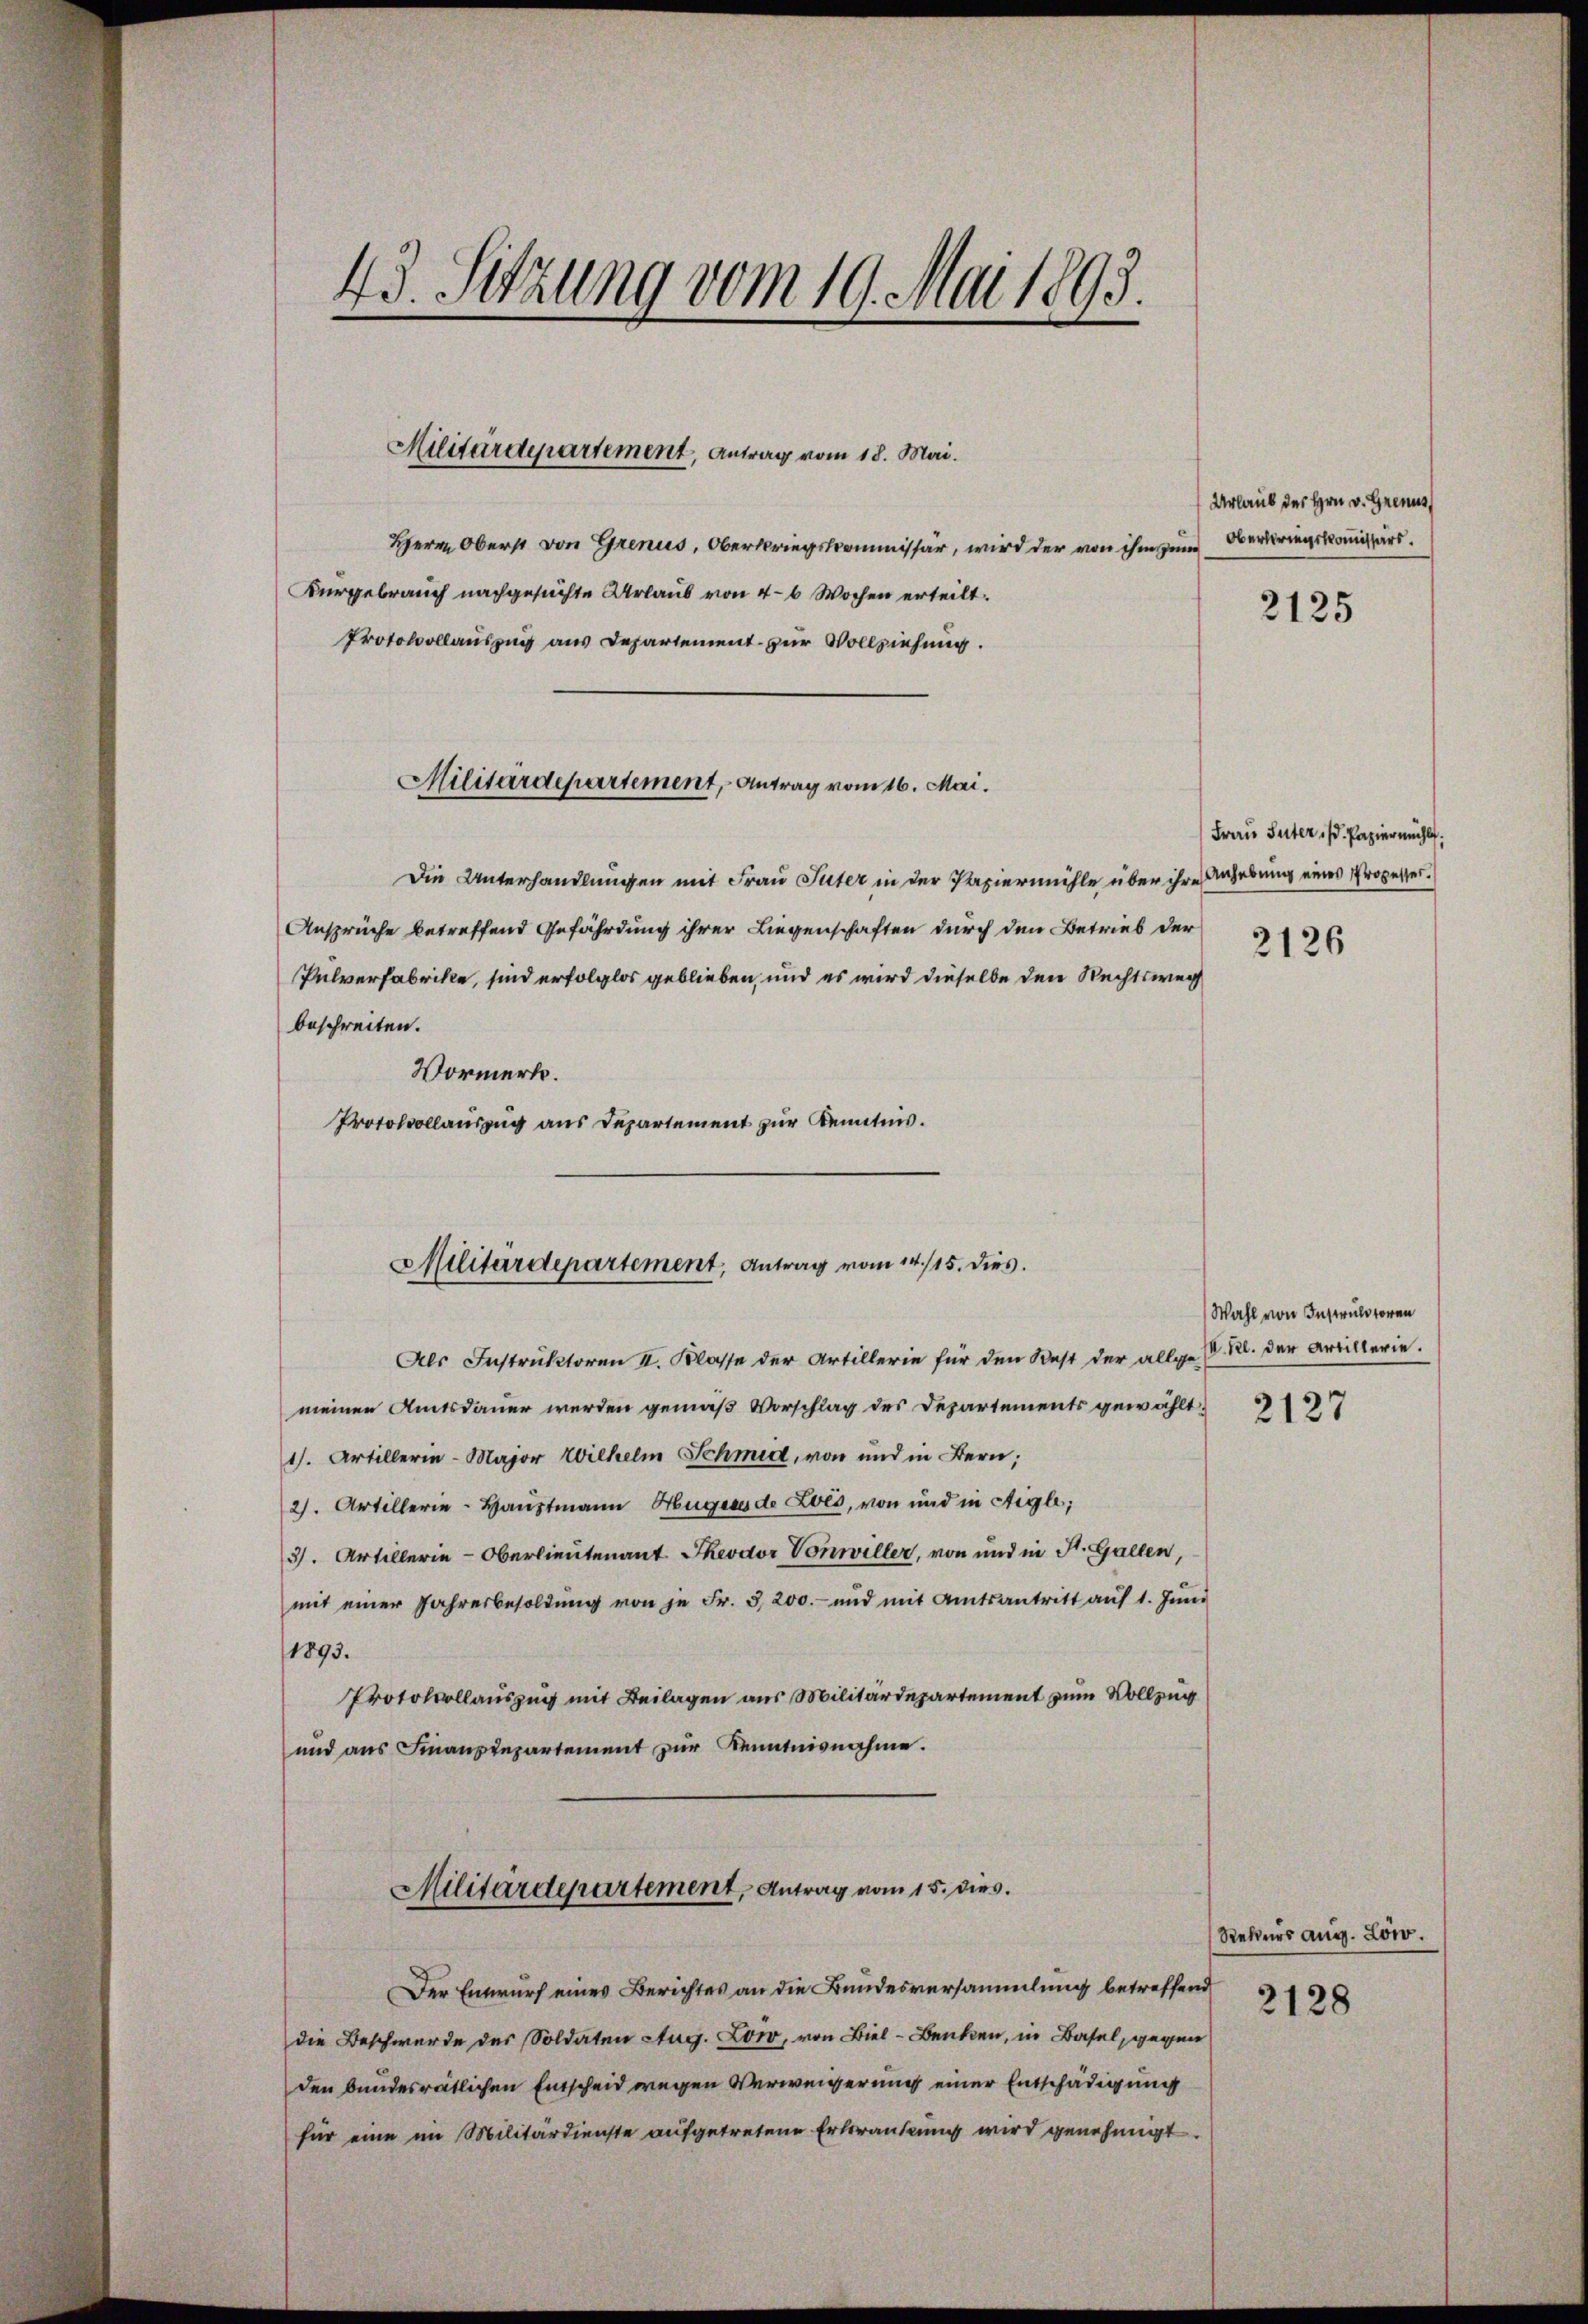
43. Sitzung vom 19. Mai 1893.

Herrn Oberst von Grenus, Oberkriegskommissär, wird der von ihm zum
Burgebrauch nachgesuchte Urlaub von 4-6 Wochen erteilt.
Protokollauszug aus Departement zur Vollziehung.

Militärdepartement, Antrag vom 18. Mai.

Militärdepartement, - Antrag vom 16. Mai.

Militärdepartement, Antrag vom 14/15. dies.

Urlaub des Hrn. v. Grenz
Oberbringskommissärs.

Die Unterhandlungen mit Frau Suter in der Papiermühle über ihre Anhebung eines Prozesser.
Ansprüche betreffend Gefährdung ihrer Liegenschaften durch den Betrieb der
Pulverfabrike, sind erfolglos geblieben, und es wird dieselbe den Rechtsweg
beschreiten.
Vormerk.
Protokollauszug aus Departement zur Kenntnis.

Als Instruktoren II. Klasse der Artillerie für den Rest der allgemeinen Amtsdauer werden gemäß Vorschlag des Departements gewählt:
1). Artillerie-Major Wilhelm Schmid, von und in Bern;
21. Artillerie-Hauptmann Hugers de Lois, von und in Aigle;
3/. Artillerie-Oberlieutenant Theodor Vonwiller, von und in St. Gallen,
mit einer Jahresbesoldŭng von je Fr. 3200.- und mit Amtsantritt aŭf 1. Jŭni
1893.
Protokollauszug mit Beilagen aus Militärdepartement zum Vollzug
und aus Finanzdepartement zur Kenntnisnahme.
Militärdepartement, Antrag vom 15. dies
Der Entwurf eines Berichtes an die Bundesversammlung betreffend
die Beschwerde des Soldaten Aug. Low, von Biel - Benken, in Basel, gegen
den bundesrätlichen Entscheid wegen Verweigerung einer Entschädigung
für eine im Militärdienste aufgetretene Erkrankung wird genehmigt.

2125

Frau Suter, d. Papiermühl
2126

Wahl von Instruktoren
V. Kl. der Artillerie.

2127

Rekurs aug. Low.
2128